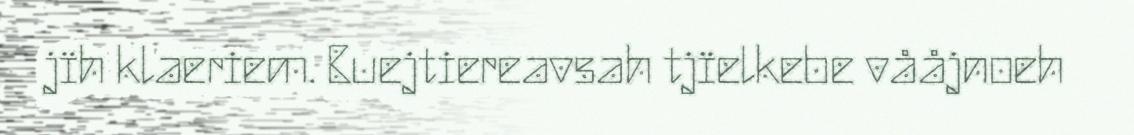
jïh klaeriem. Buejtiereavsah tjïelkebe vååjnoeh